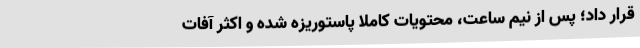
قرار داد؛ پس از نیم ساعت، محتویات کاملا پاستوریزه شده و اکثر آفات